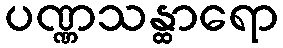
ပဏ္ဏသန္ထာရော